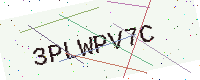
Text: 3PLWPV7C